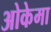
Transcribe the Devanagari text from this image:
ओकेमा